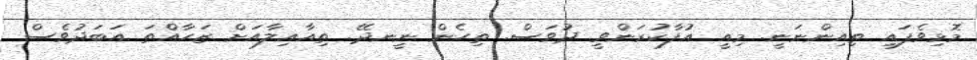
މޮޅިވެފައި ތިއިންނަނީ. މިއީ އުފާކުރަންވީ ދުވަސް. ތިހެން ނީނދޭ. ތިއާއިލާއަށް ޒަހާއްތަ އަބަދުވެސް